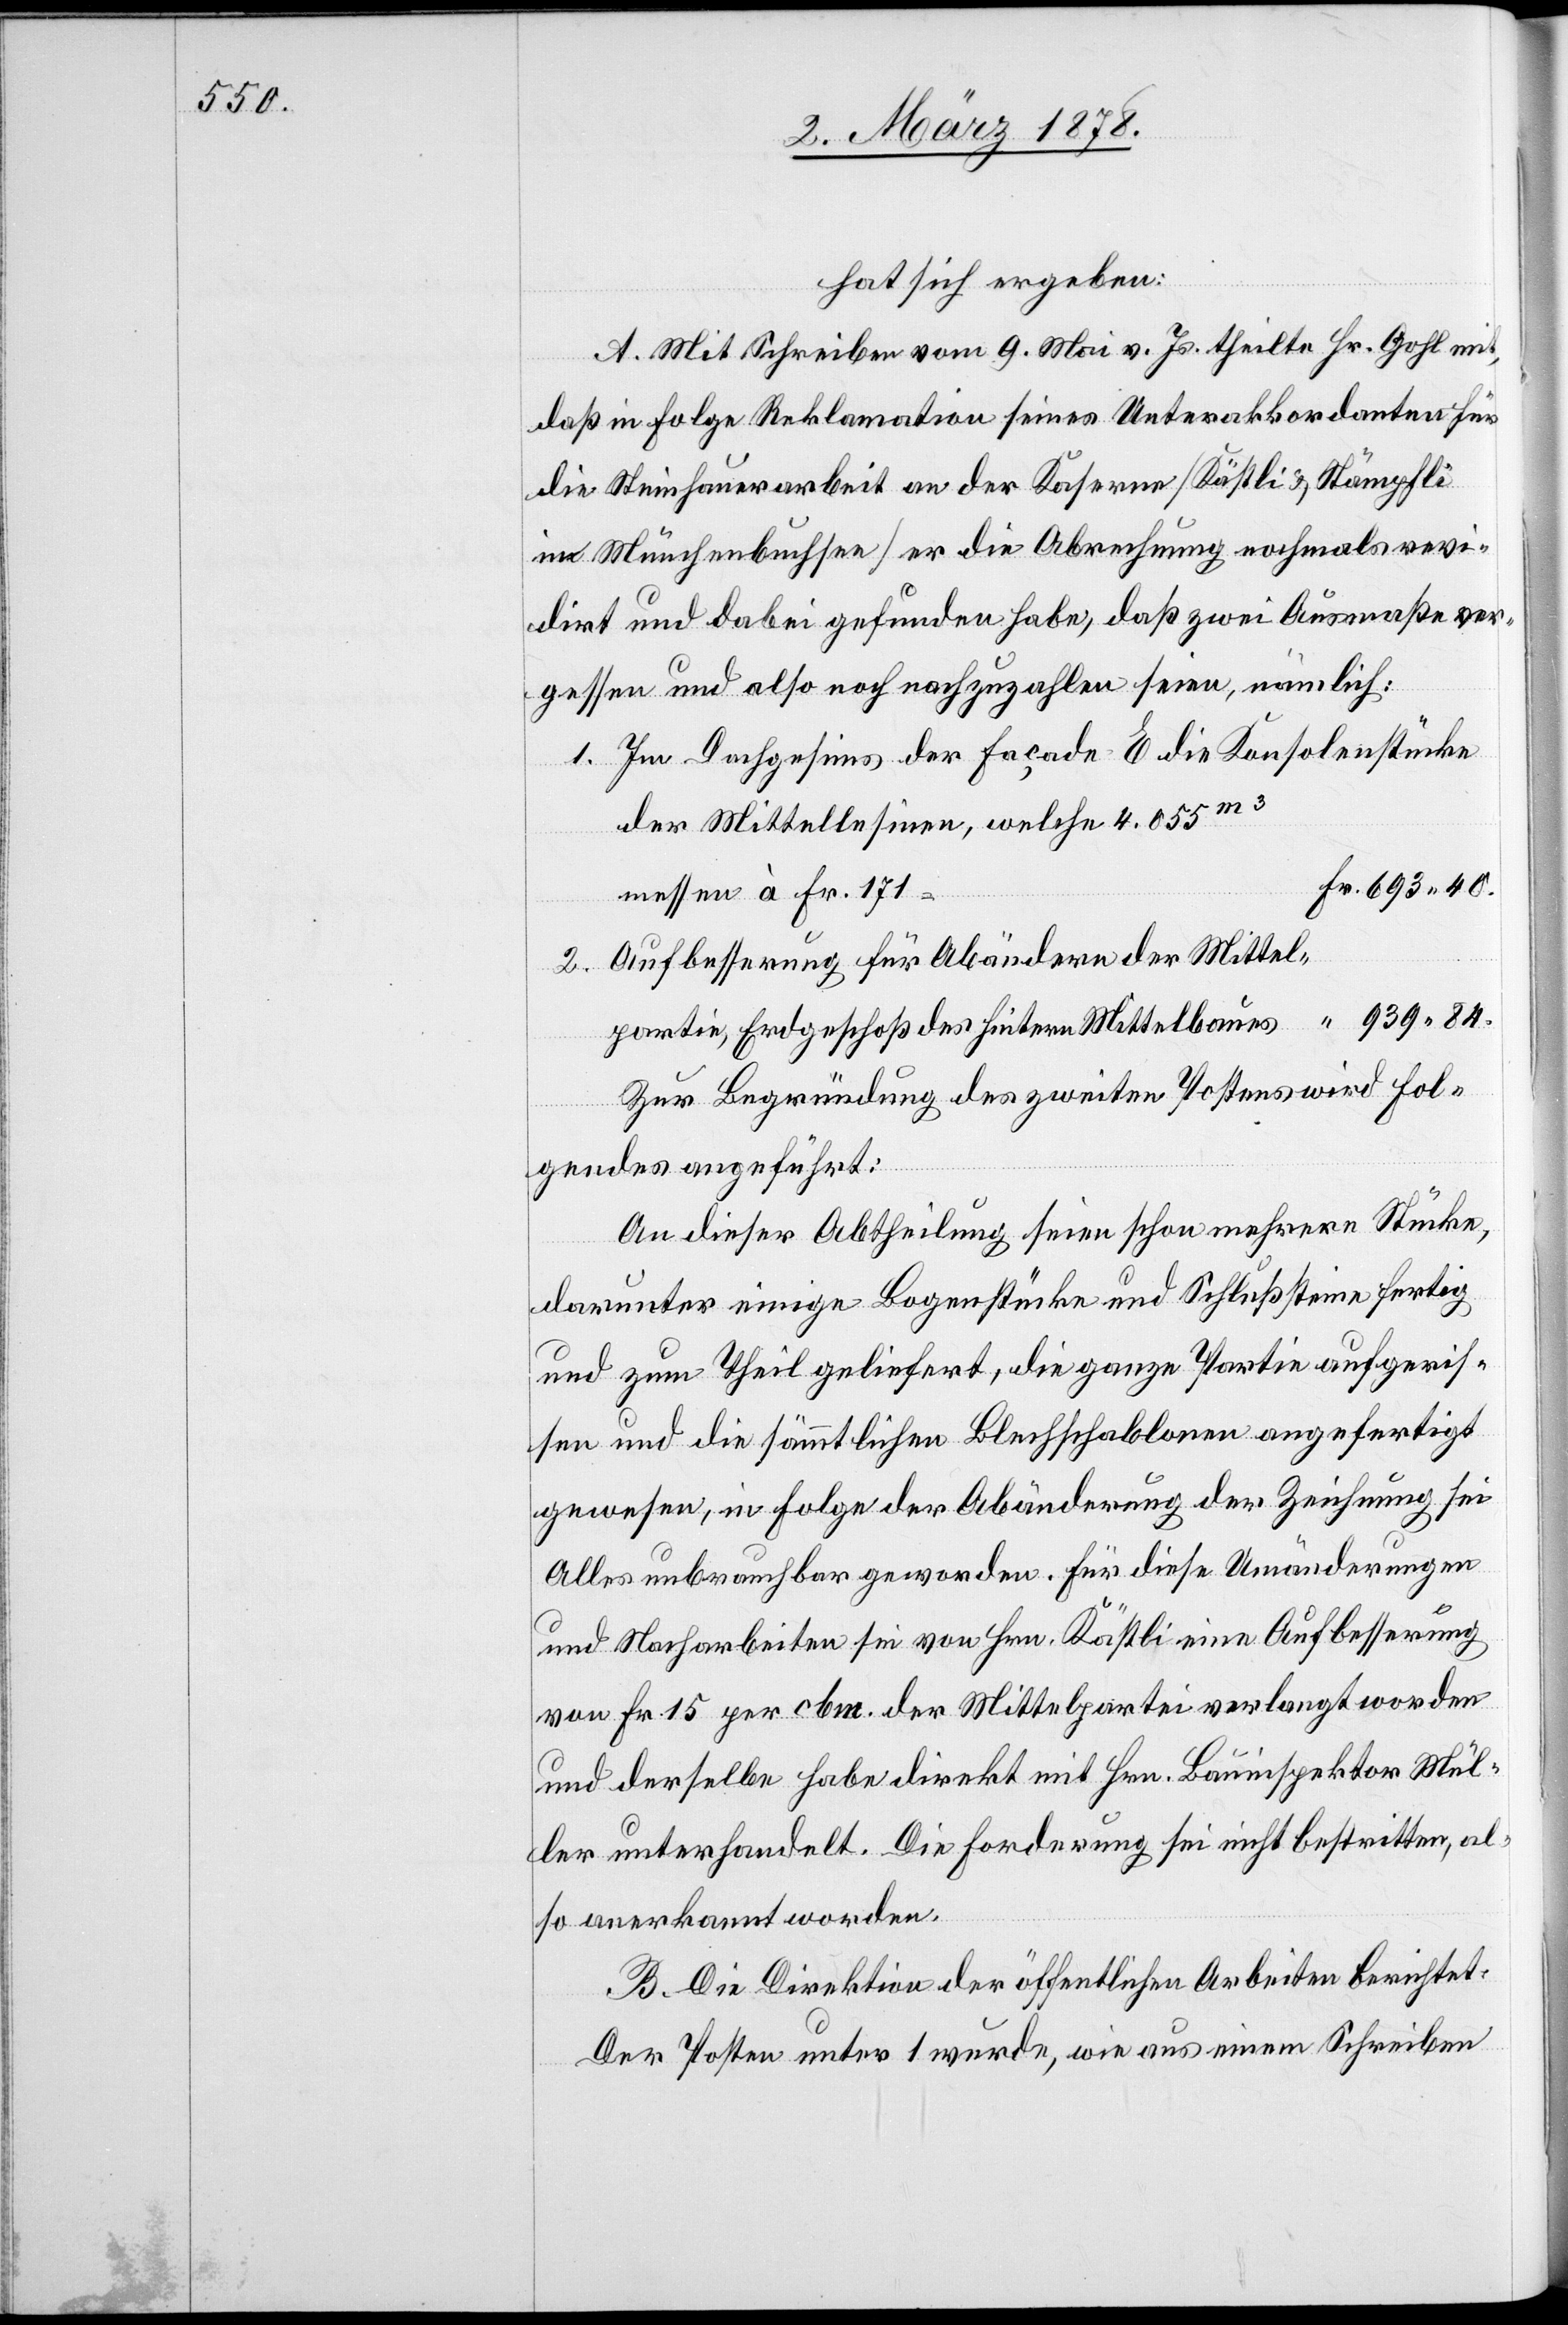
hat sich ergeben:
A. Mit Schreiben vom 9. Mai v. Js. theilte Hr. Gohl m¬
daß in Folge Reklamation seines Unterakkordanten für
die Steinhauerarbeit an der Kaserne (Kästli & Stämpfli
in Münchenbuchsee) er die Abrechnung nochmals revi¬
dirt und dabei gefunden habe, daß zwei Ausmaße ver¬
gessen und also noch nachzuzahlen seien, nämlich:
1. Im Dachgesims der Façade E die Konsolenstücke
der Mittellesinen, welche 4.055m3
Fr. 693. 40.
messen à Fr. 171
2. Aufbesserung für Abändern der Mittel¬
partie, Erdgeschoß des hintern Mittelbaues “ 939. 84.
Zur Begründung des zweiten Postens wird fol¬
it,
gendes angeführt:
An dieser Abtheilung seien schon mehrere Stücke,
darunter einige Logenstücke und Schlußsteine fertig
und zum Theil geliefert, die ganze Partie aufgeris¬
sen und die sämmtlichen Blechschablonen angefertigt
gewesen, in Folge der Abänderung der Zeichnung sei
Alles unbrauchbar geworden. Für diese Umänderungen
und Nacharbeiten sei von Hr. Kästli eine Aufbesserung
von Fr. 15 per cbm. der Mittelpartei verlangt worden
und derselbe habe direkt mit Hrn. Bauinspektor Mül¬
ler unterhandelt. Die Forderung sei nicht bestritten, al¬
so anerkannt worden.
B. Die Direktion der öffentlichen Arbeiten berichtet:
Der Posten unter 1 wurde, wie aus einem Schreiben